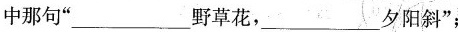
中那句“___野草花，___夕阳斜“；